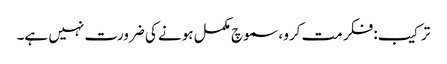
ترکیب: فکر مت کرو ، سموچ مکمل ہونے کی ضرورت نہیں ہے۔